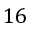
1 6